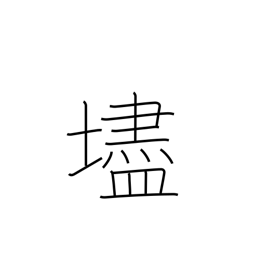
Meaning: steep slope